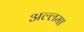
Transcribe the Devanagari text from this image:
अल्‍लमा